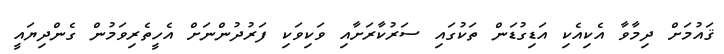
ޤައުމަށް ދިމާވާ އެކިއެކި އަޑިގުޑަން ތަކުގައި ސަރުކާރަށާއި ވަކިވަކި ފަރުދުންނަށް އެހީތެރިވަމުން ގެންދިޔައީ